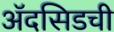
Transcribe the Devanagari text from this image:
ॲदसिडची